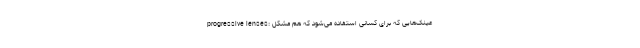
progressive lenses: عینک‌هایی که برای کسانی استفاده می‌شود که هم مشکل